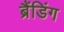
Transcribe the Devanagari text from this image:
ब्रैंडिंग